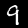
Digit: 9